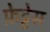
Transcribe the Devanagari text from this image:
फ़ेट्टेस